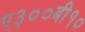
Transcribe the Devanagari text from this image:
ए३००बी१०